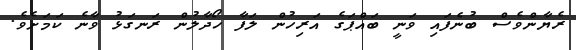
ރެޔާންވެސް ބުނެފައި ވަނީ ބައްޕަގެ އަރިހުން ލަފާ ހޯދާލުން ރަނގަޅު ވާނެ ކަމަށެވެ.